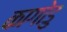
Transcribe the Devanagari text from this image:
कागोडु